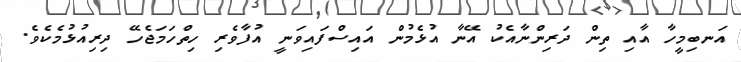
އަނބިމީހާ އާއި ތިން ދަރިންނާއެކު އޭނާ އުޅެމުން އައިސްފައިވަނީ އުފާވެރި ހިތްހަމަޖެހޭ ދިރިއުޅުމެކެވެ.